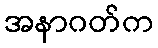
အနာဂတ်က